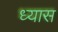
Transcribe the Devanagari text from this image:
ध्‍यास